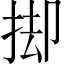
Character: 𢭙